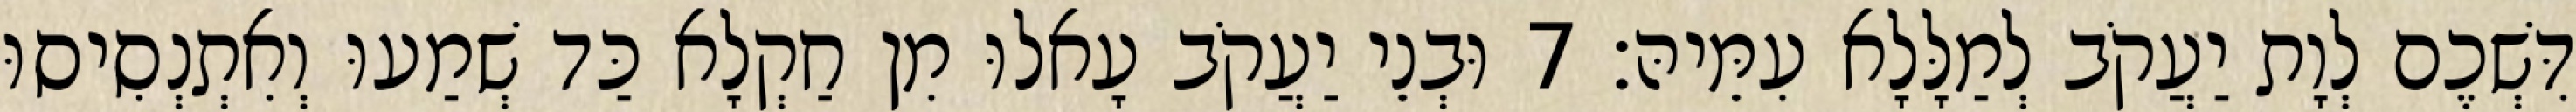
דִּשְׁכֶם לְוָת יַעֲקֹב לְמַלָּלָא עִמֵּיהּ׃ 7 וּבְנֵי יַעֲקֹב עָאלוּ מִן חַקְלָא כַּד שְׁמַעוּ וְאִתְנְסִיסוּ